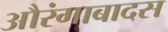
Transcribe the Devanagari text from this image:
औरंगाबादस